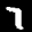
Label: 7